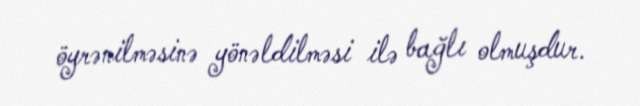
öyrənilməsinə yönəldilməsi ilə bağlı olmuşdur.